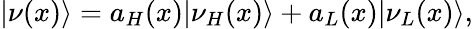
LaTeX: |\nu(x)\rangle=a_{H}(x)|\nu_{H}(x)\rangle+a_{L}(x)|\nu_{L}(x)\rangle,